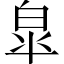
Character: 皐